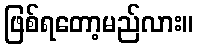
ဖြစ်ရတော့မည်လား။